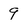
Character: 9